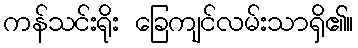
ကန်သင်းရိုး ခြေကျင်လမ်းသာရှိ၏။